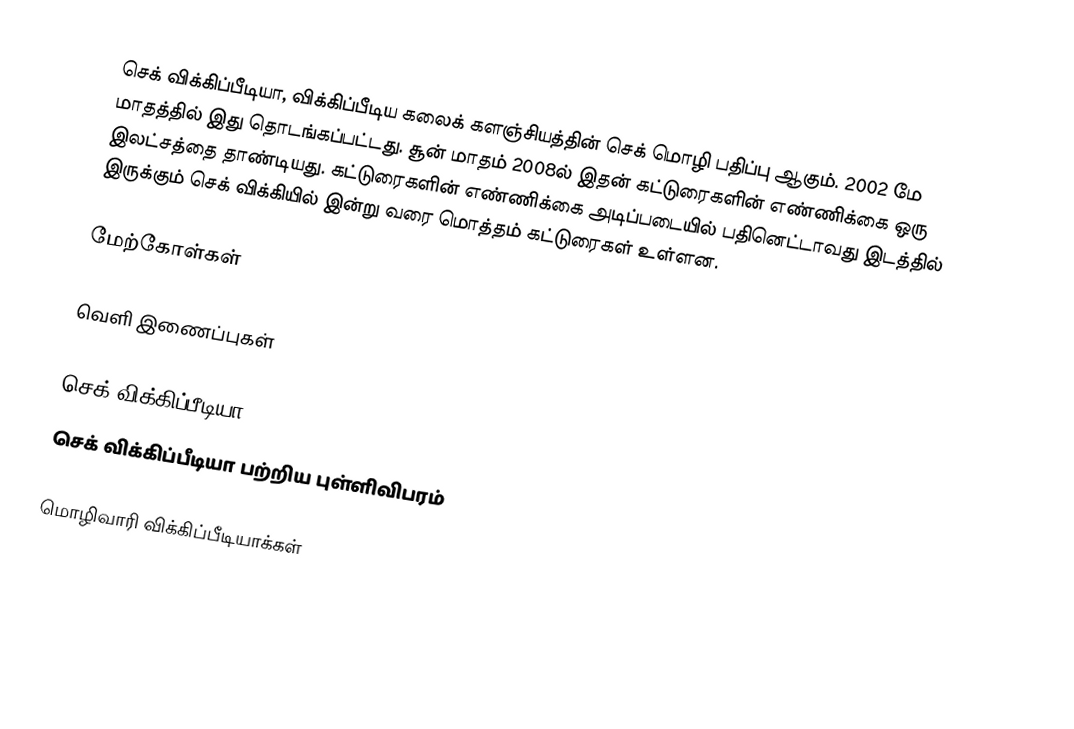
செக் விக்கிப்பீடியா, விக்கிப்பீடிய கலைக் களஞ்சியத்தின் செக் மொழி பதிப்பு ஆகும். 2002 மே மாதத்தில் இது தொடங்கப்பட்டது. சூன் மாதம் 2008ல் இதன் கட்டுரைகளின் எண்ணிக்கை ஒரு இலட்சத்தை தாண்டியது. கட்டுரைகளின் எண்ணிக்கை அடிப்படையில் பதினெட்டாவது இடத்தில் இருக்கும் செக் விக்கியில் இன்று வரை மொத்தம் கட்டுரைகள் உள்ளன.

மேற்கோள்கள்

வெளி இணைப்புகள்

செக் விக்கிப்பீடியா
செக் விக்கிப்பீடியா பற்றிய புள்ளிவிபரம்

 மொழிவாரி விக்கிப்பீடியாக்கள்